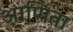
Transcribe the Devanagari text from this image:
आणिता